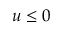
u \le 0